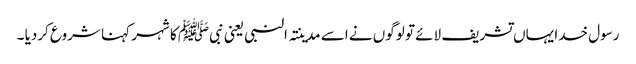
رسول خدا یہاں تشریف لائے تو لوگوں نے اسے مدینتہ النبی یعنی نبیﷺ کا شہر کہنا شروع کردیا ۔